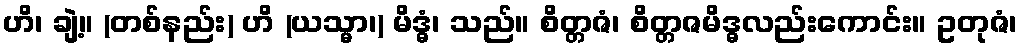
ဟိ၊ ချဲ့။ (တစ်နည်း) ဟိ (ယသ္မာ၊) မိဒ္ဓံ၊ သည်။ စိတ္တဇံ၊ စိတ္တဇမိဒ္ဓလည်းကောင်း။ ဥတုဇံ၊